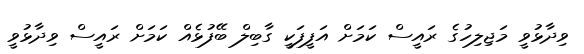
ވިދާޅުވީ މަޖިލިހުގެ ރައީސް ކަމަށް އަފީފަކީ ގާބިލް ބޭފުޅެއް ކަމަށް ރައީސް ވިދާޅުވީ